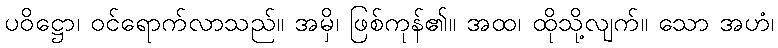
ပဝိဋ္ဌော၊ ဝင်ရောက်လာသည်။ အမှိ၊ ဖြစ်ကုန်၏။ အထ၊ ထိုသို့လျက်။ သော အဟံ၊